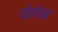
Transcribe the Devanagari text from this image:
पोलेम